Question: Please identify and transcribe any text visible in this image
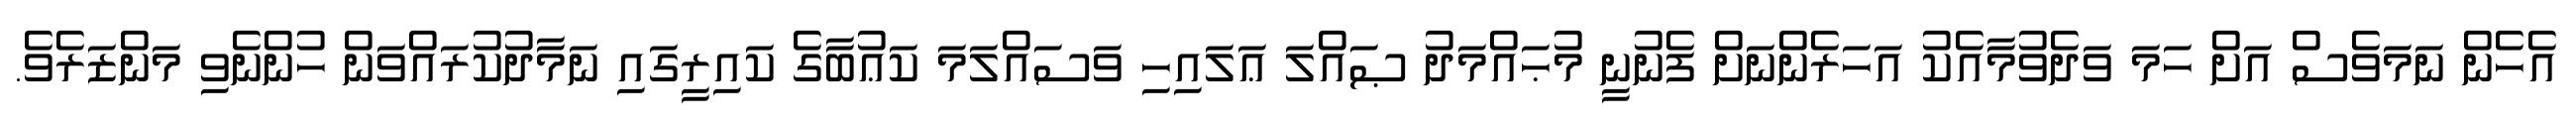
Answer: އެހެން ނަމަވެސް އަށް ހަމަ ވަދެވުމާއެކު އަހަރެންނަށް ފެނުނީ މުޙައްމަދު ޞައްލަ ޢަލައިހި ވަސައްލަމަ ކަޢުބާގެ ކައިރީގައި ނަމާދުކުރައްވަން ހުންނެވި މަންޒަރެވެ.